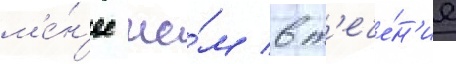
м'е́н'ее че́м в т'ече́н'ие